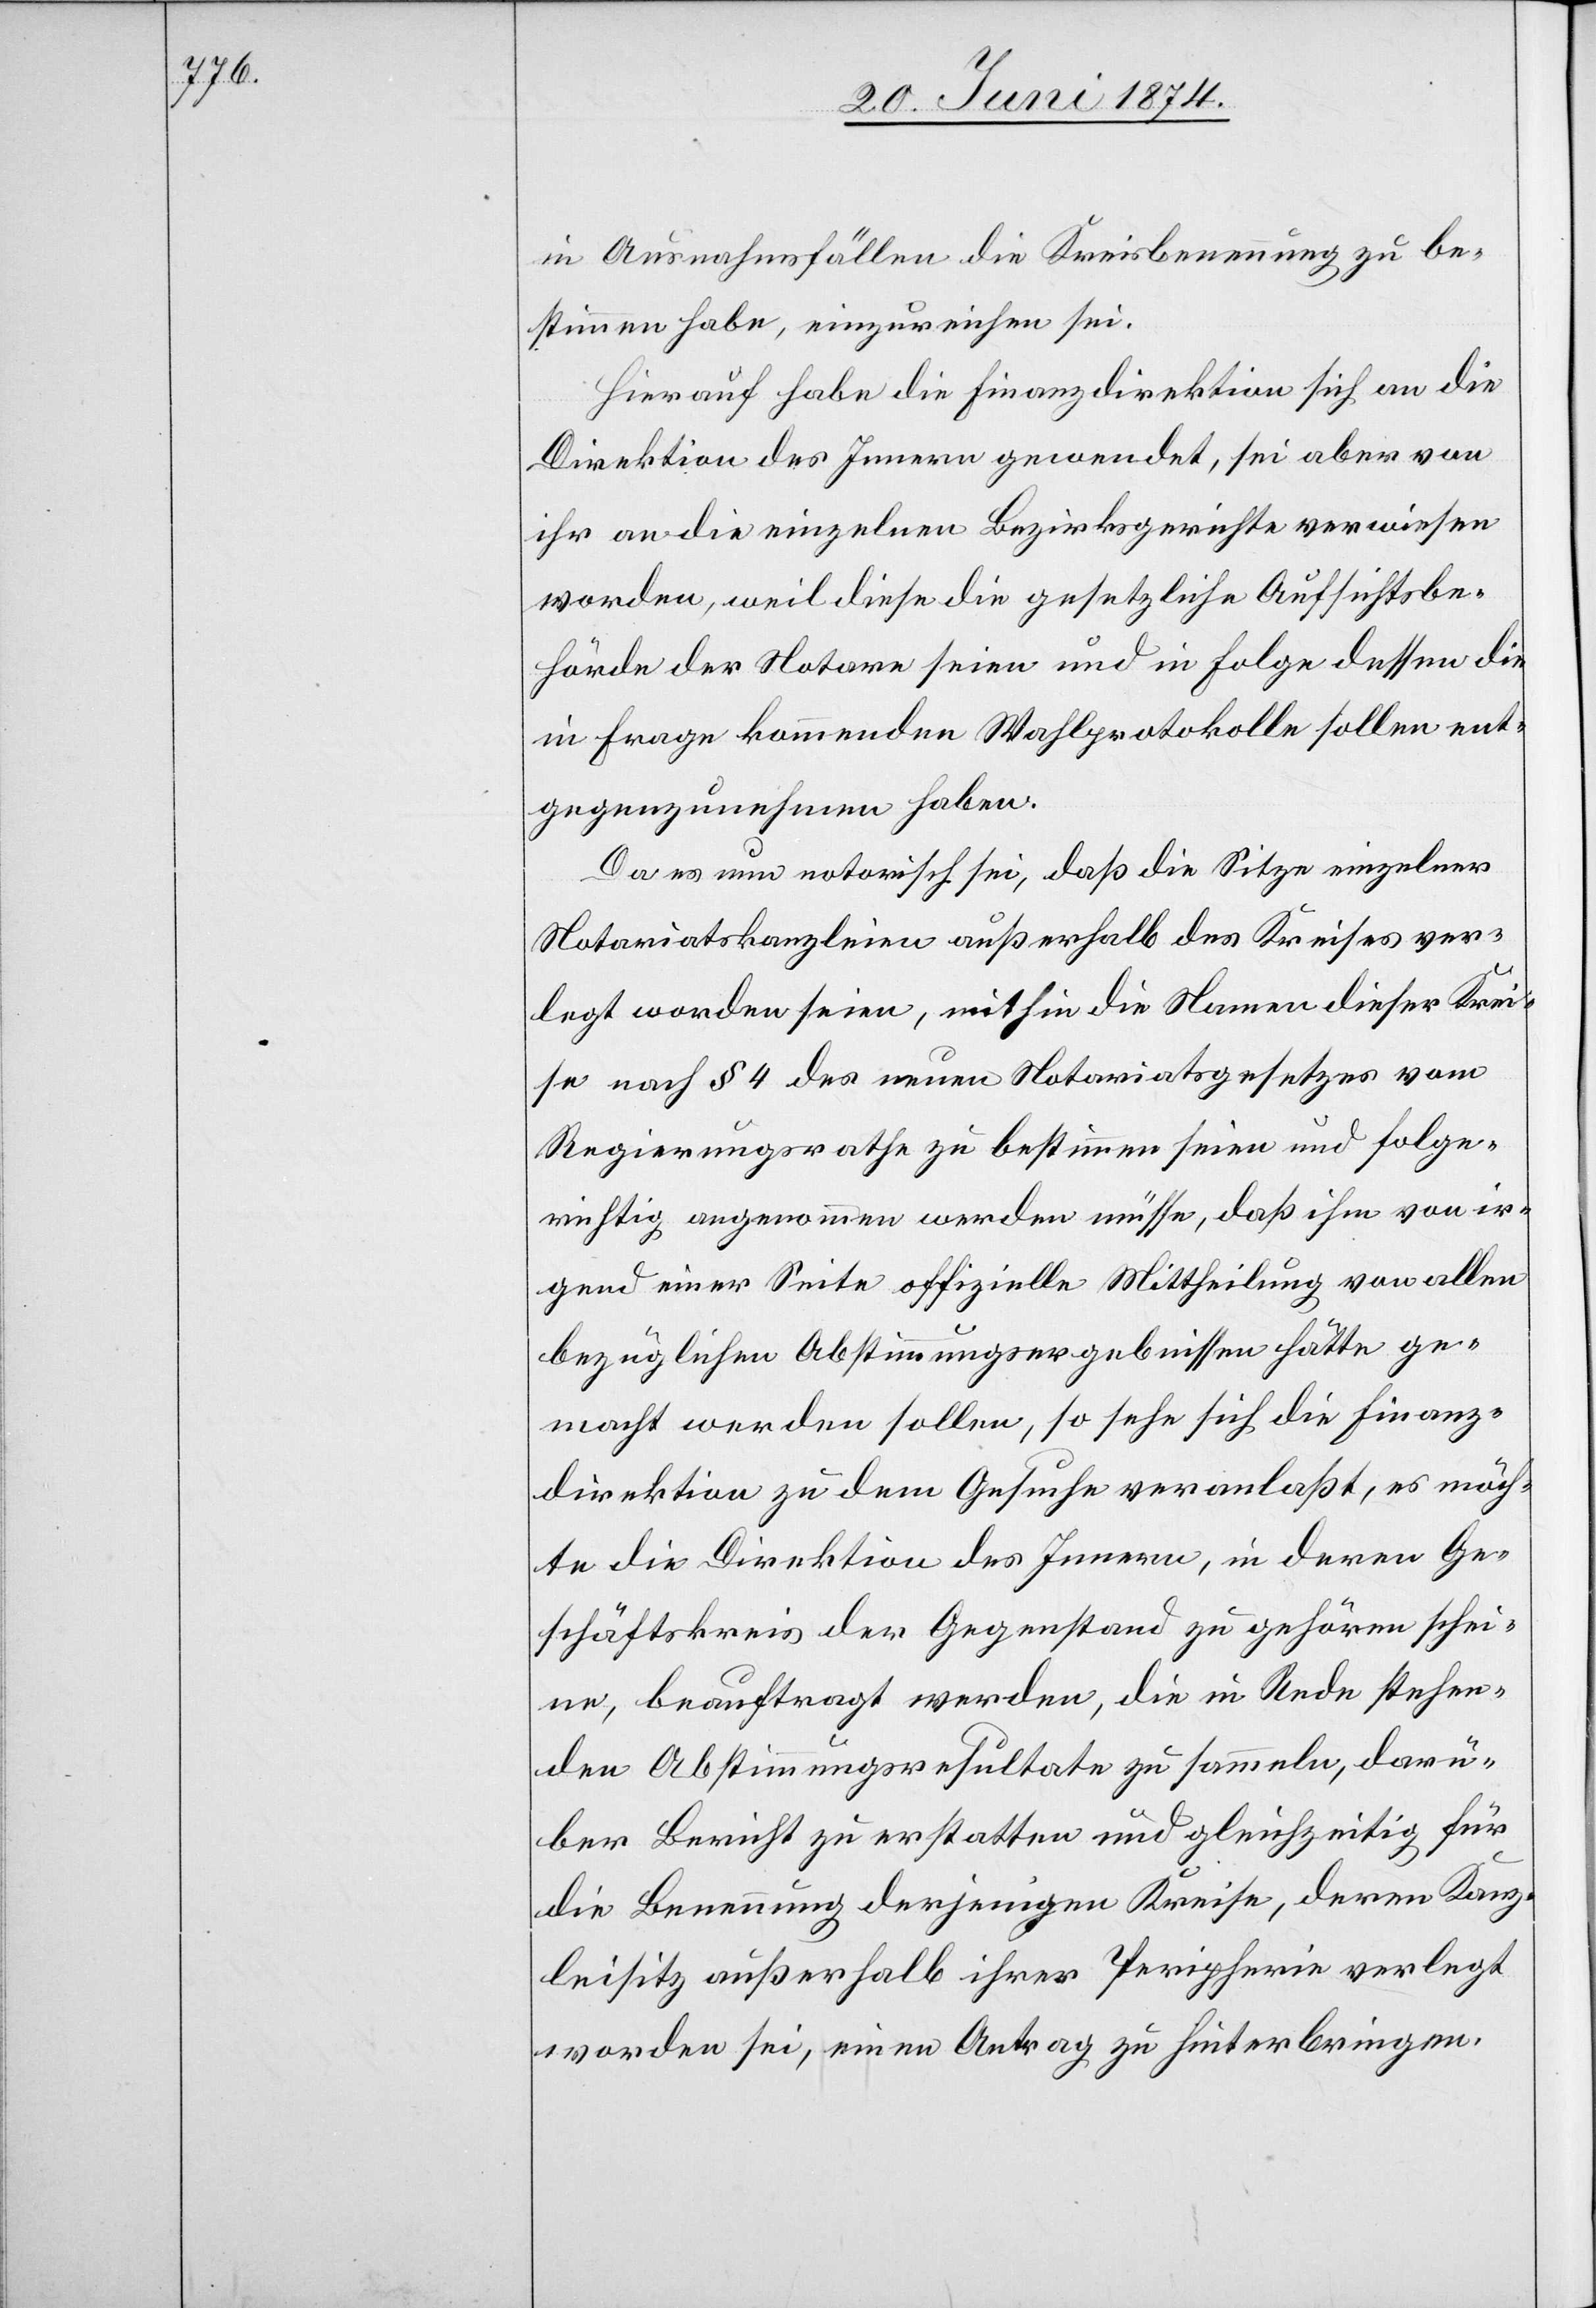
in Ausnahmefällen die Kreisbenennung zu be¬
stimmen habe, einzureichen sei.
Hierauf habe die Finanzdirektion sich an die
Direktion des Innern gewendet, sei aber von
ihr an die einzelnen Bezirksgerichte verwiesen
worden, weil diese die gesetzliche Aufsichtsbe¬
hörde der Notare seien und in Folge dessen die
in Frage kommenden Wahlprotokolle sollen ent¬
gegenzunehmen haben.
Da es nun notorisch sei, daß die Sitze einzelner
Notariatskanzleien außerhalb des Kreises ver¬
legt worden seien, mithin die Namen dieser Krei¬
se nach § 4 des neuen Notariatsgesetzes vom
Regierungsrathe zu bestimmen seien und folge¬
richtig angenommen werden müsse, daß ihm von ir¬
gend einer Seite offizielle Mittheilung von allen
bezüglichen Abstimmungsergebnissen hätte ge¬
macht werden sollen, so sehe sich die Finanz¬
direktion zu dem Gesuche veranlaßt, es möch¬
te die Direktion des Innern, in deren Ge¬
schäftskreis der Gegenstand zu gehören schei¬
ne, beauftragt werden, die in Rede stehen¬
den Abstimmungsresultate zu sammeln, darü¬
ber Bericht zu erstatten und gleichzeitig für
die Benennung derjenigen Kreise, deren Kanz¬
leisitz außerhalb ihrer Peripherie verlegt
worden sei, einen Antrag zu hinterbringen.